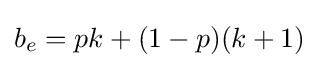
b_{e}=pk+(1-p)(k+1)